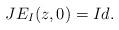
LaTeX: \begin{align*}J E_I(z,0) = Id.\end{align*}